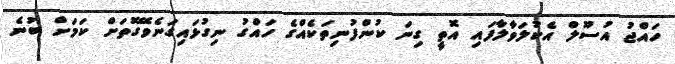
ހައްޖު އުސޫލް އެކުލަވާލާފައި އޮތީ ގިނަ ކުންފުނިތަކެއްގެ ހައްގު ނިގުޅައިގަނެވޭގޮތަށް ކަމަށް ބުނެ